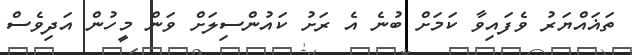
ތަޣައްޔަރު ވެފައިވާ ކަމަށް ބުނެ އެ ރަށު ކައުންސިލަށް ވަން މީހުން އަދިވެސް